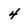
Character: 4